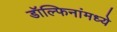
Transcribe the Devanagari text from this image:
डॉल्फिनांमध्ये